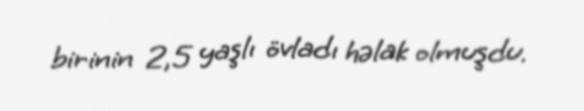
birinin 2,5 yaşlı övladı həlak olmuşdu.